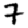
Digit: 7